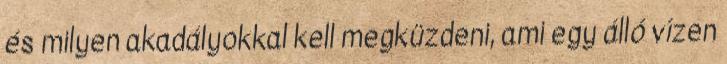
és milyen akadályokkal kell megküzdeni, ami egy álló vízen